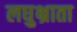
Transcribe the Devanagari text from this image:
लघुभ्राता